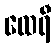
ထေရီ